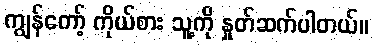
ကျွန်တော့် ကိုယ်စား သူ့ကို နှုတ်ဆက်ပါတယ်။